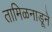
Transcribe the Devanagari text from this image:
तामिळनाडूने